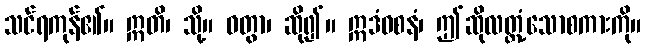
သင်ရကုန်၏။ ဣတိ၊ သို့။ ဝတွာ၊ ဆို၍။ ဣဒံဝစနံ၊ ဤဆိုလတ္တံ့သောစကားကို။